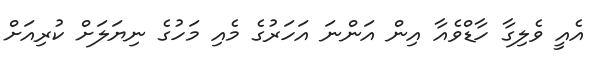
އެއީ ވެލިގާ ހާޑްވެއާ އިން އަންނަ އަހަރުގެ މެއި މަހުގެ ނިޔަލަށް ކުރިއަށް